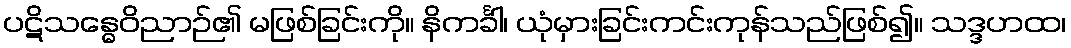
ပဋိသန္ဓေဝိညာဉ်၏ မဖြစ်ခြင်းကို။ နိကင်္ခါ၊ ယုံမှားခြင်းကင်းကုန်သည်ဖြစ်၍။ သဒ္ဒဟထ၊